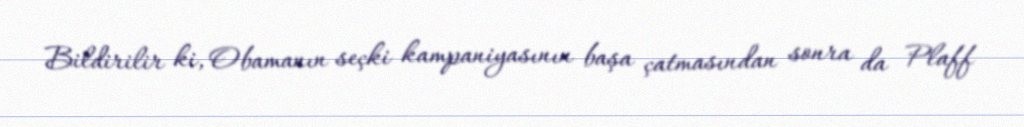
Bildirilir ki, Obamanın seçki kampaniyasının başa çatmasından sonra da Plaff